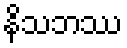
နိသဘဿ